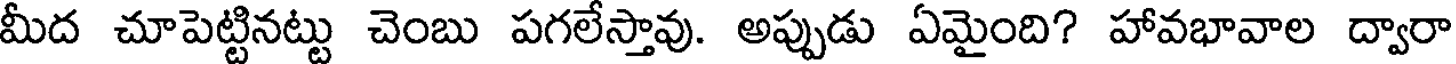
మీద చూపెట్టినట్టు చెంబు పగలేస్తావు. అప్పుడు ఏమైంది? హావభావాల ద్వారా